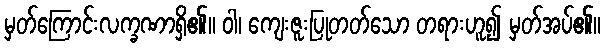
မှတ်ကြောင်းလက္ခဏာရှိ၏။ ဝါ၊ ကျေးဇူးပြုတတ်သော တရားဟူ၍ မှတ်အပ်၏။